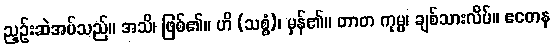
ညှဉ်းဆဲအပ်သည်။ အသိ၊ ဖြစ်၏။ ဟိ (သစ္စံ)၊ မှန်၏။ တာတ ကုမ္မ၊ ချစ်သားလိပ်။ ဧတေန